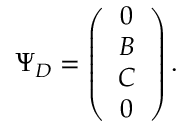
\Psi _ { D } = \left( \begin{array} { c } { { 0 } } \\ { { B } } \\ { { C } } \\ { { 0 } } \end{array} \right) .